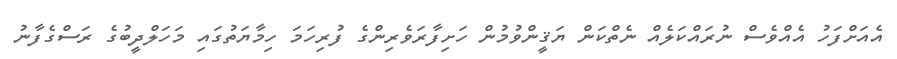
އެއަށްފަހު އެއްވެސް ނުރައްކަލެއް ނެތްކަން ޔަޤީންވުމުން ހަށިފާރަވެރިންގެ ފުރިހަމަ ހިމާޔަތުގައި މަހަލްދީބުގެ ރަސްގެފާނު